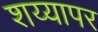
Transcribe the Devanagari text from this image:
शय्यापर